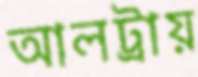
আলট্রায়